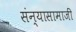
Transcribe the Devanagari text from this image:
संन्यासामाजीं